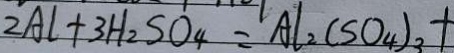
2 A l + 3 H _ { 2 } S O _ { 4 } = A l _ { 2 } ( S O _ { 4 } ) _ { 3 } +